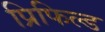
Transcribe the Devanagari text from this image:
प्रिफिल्ड